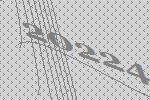
20224